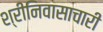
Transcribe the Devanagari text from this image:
श्रीनिवासाचारी